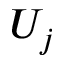
U _ { j }